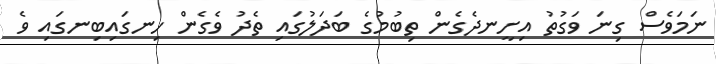
ނަމަވެސް ގިނަ ވަގުތު އިށީނދެގެން ތިބުމުގެ ބަދަލުގައި ތެދު ވެގެން ހިނގައިބިނގައި ވެ